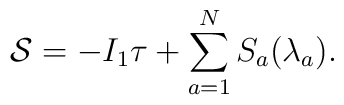
{\cal S}=-I_1 \tau+\sum_{a=1}^N S_a (\lambda_a) .